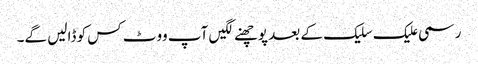
رسمی علیک سلیک کے بعد پوچھنے لگیں آپ ووٹ کس کو ڈالیں گے۔